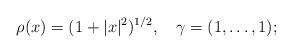
LaTeX: \begin{align*}\rho(x)=(1+|x|^2)^{1/2},\quad\gamma=(1,\ldots,1);\end{align*}